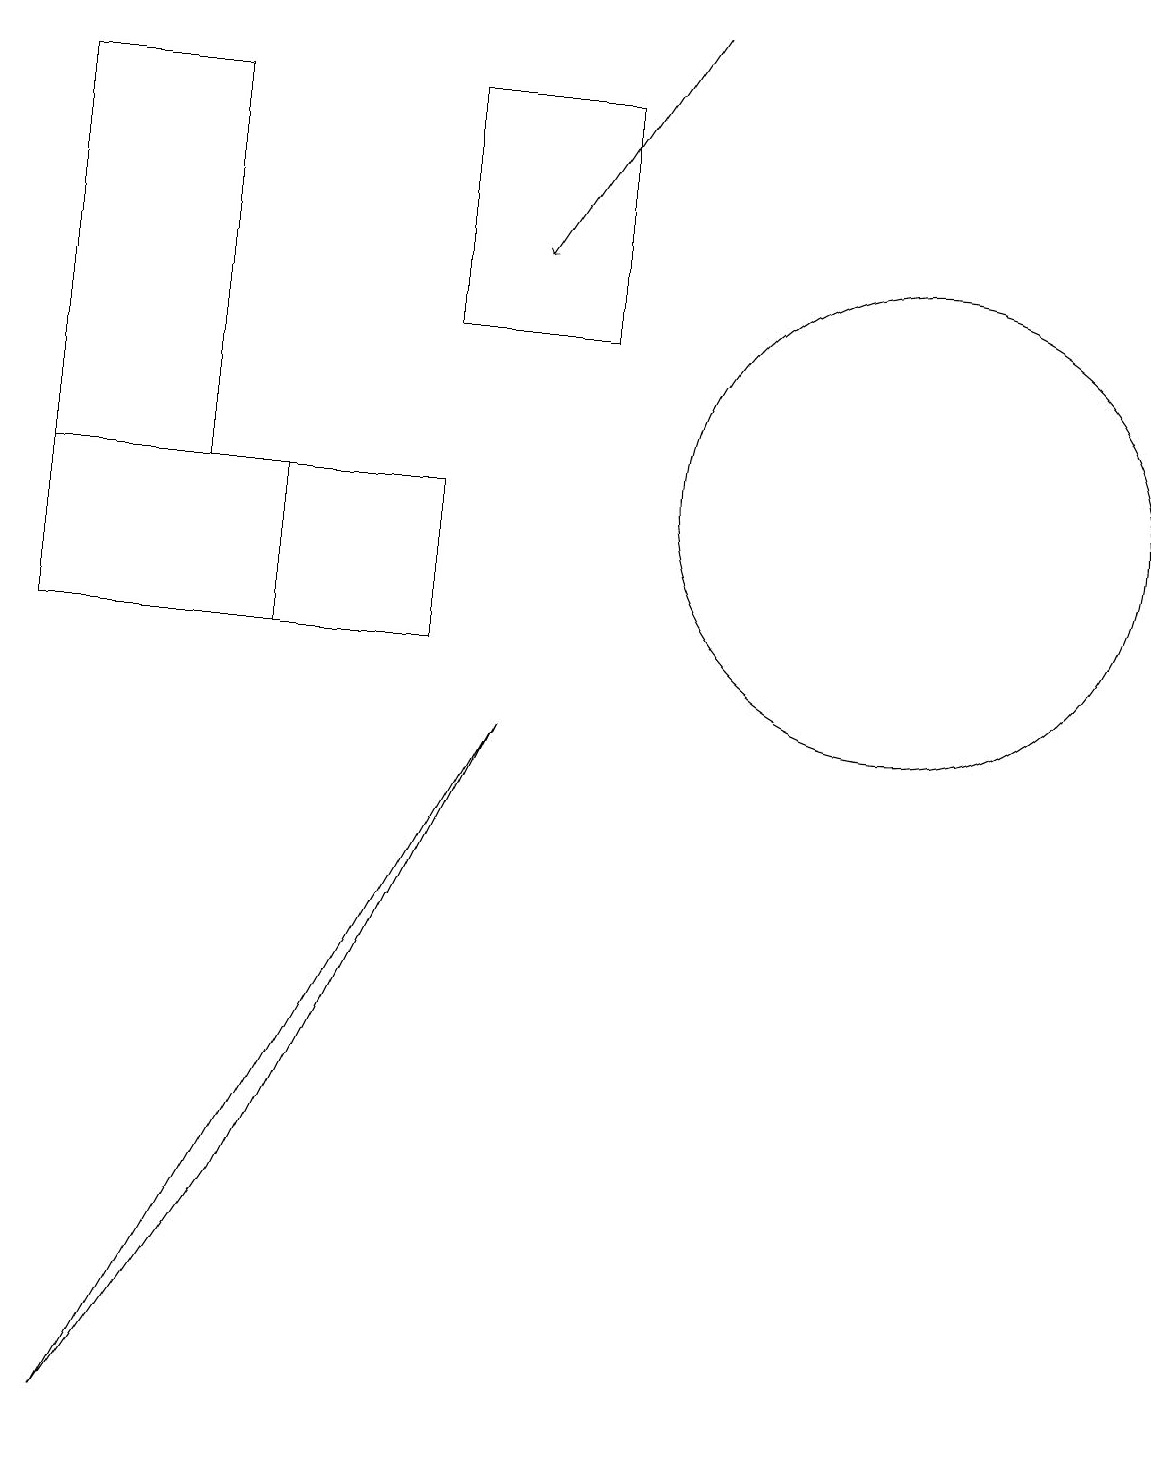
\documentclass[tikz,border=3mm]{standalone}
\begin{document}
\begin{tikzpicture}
\draw (0,12) rectangle (2,17);
\draw (5,10) rectangle (0,12);
\draw (5,17) rectangle (7,14);
\draw (11,12) circle (0);
\draw (6,9) -- (3,3) -- (1,0) -- cycle;
\draw (3,12) rectangle (3,10);
\draw (11,12) circle (3);
\draw[->] (8,18) -- (6,15);
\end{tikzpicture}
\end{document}